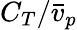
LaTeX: C_{T}/\bar{v}_{p}